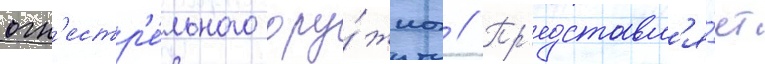
огн'естр'е́льного ору́жиа // Пр'едставл'я́ет